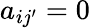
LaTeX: a_{ij^{\prime}}=0